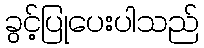
ခွင့်ပြုပေးပါသည်